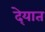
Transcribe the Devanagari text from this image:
दे्यात